Vaccine operations Central Provinces 1886-1899 - 1886-1899
Year: 1886
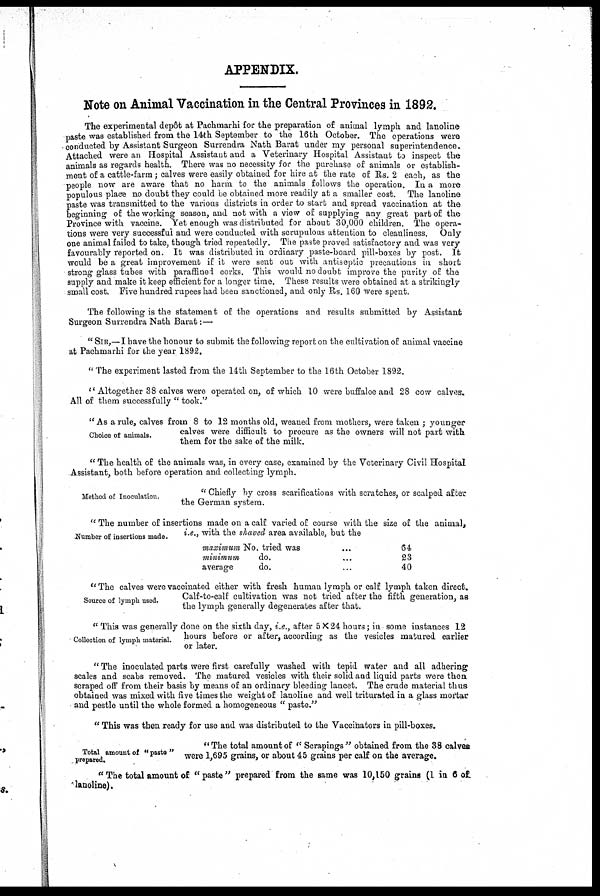
APPENDIX.
Note on Animal Vaccination in the Central Provinces in 1892.
The experimental depôt at Pachmarhi for the preparation of animal lymph and lanoline
paste was established from the 14th September to the 16 th October. The operations were
conducted by Assistant Surgeon Surrendra Nath Barat under my personal superintendence.
Attached were an Hospital Assistant and a Veterinary Hospital Assistant to inspect the
animals as regards health. There was no necessity for the purchase of animals or establish-
ment of a cattle-farm; calves were easily obtained for hire at the rate of Rs. 2 each, as the
people now are aware that no harm to the animals follows the operation. In a more
populous place no doubt they could be obtained more readily at a smaller cost. The lanoline
paste was transmitted to the various districts in order to start and spread vaccination at the
beginning of the working season, and not with a view of supplying any great part of the
Province with vaccine. Yet enough was distributed for about 30,000 children. The opera-
tions were very successful and were conducted with scrupulous attention to cleanliness. Only
one animal failed to take, though tried repeatedly. The paste proved satisfactory and was very
favourably reported on. It was distributed in ordinary paste-board pill-boxes by post. It
would be a great improvement if it were sent out with antiseptic precautions in short
strong glass tubes with paraffined corks. This would no doubt improve the purity of the
supply and make it keep efficient for a longer time. These results were obtained at a strikingly
small cost. Five hundred rupees had been sanctioned, and only Rs. 160 were spent.
The following is the statement of the operations and results submitted by Assistant
Surgeon Surrendra Nath Barat:—
" SIR,—I have the honour to submit the following report on the cultivation of animal vaccine
at Pachmarhi for the year 1892.
" The experiment lasted from the 14th September to the 16th October 1892.
" Altogether 38 calves were operated on, of which 10 were buffaloe and 28 cow calves.
All of them successfully " took."
Choice of animals.
" As a rule, calves from 8 to 12 months old, weaned from mothers, were taken ; younger
calves were difficult to procure as the owners will not part with
them for the sake of the milk.
" The health of the animals was, in every case, examined by the Veterinary Civil Hospital
Assistant, both before operation and collecting lymph.
Method of Inoculation.
" Chiefly by cross scarifications with scratches, or scalped after
the German system.
Number of insertions made.
" The number of insertions made on a calf varied of course with the size of the animal,
i.e., with the shaved area available, but the
maximum No. tried was ...
minimum
do. ...
average
do. ...
64
23
40
Source of lymph used.
" The calves were vaccinated either with fresh human lymph or calf lymph taken direct.
Calf-to-calf cultivation was not tried after the fifth generation, as
the lymph generally degenerates after that.
Collection of lymph material.
" This was generally done on the sixth day, i.e., after 5 × 24 hours; in some instances 12
hours before or after, according as the vesicles matured earlier
or later.
" The inoculated parts were first carefully washed with tepid water and all adhering
scales and scabs removed. The matured vesicles with their solid and liquid parts were then
scraped off from their basis by means of an ordinary bleeding lancet. The crude material thus
obtained was mixed with five times the weight of lanoline and well triturated in a glass mortar
and pestle until the whole formed a homogeneous " paste."
" This was then ready for use and was distributed to the Vaccinators in pill-boxes.
Total amount of "paste"
prepared.
" The total amount of " Scrapings " obtained from the 38 calves
were 1,695 grains, or about 45 grains per calf on the average.
" The total amount of "paste" prepared from the same was 10,150 grains (1 in 6 of
lanoline).